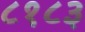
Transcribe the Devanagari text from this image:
८१८३